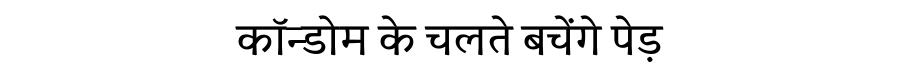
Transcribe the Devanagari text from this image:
कॉन्डोम के चलते बचेंगे पेड़